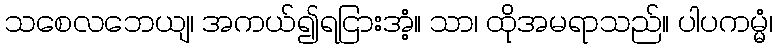
သစေလဘေယျ၊ အကယ်၍ရငြားအံ့။ သာ၊ ထိုအမရာသည်။ ပါပကမ္မံ၊